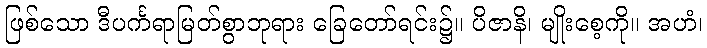
ဖြစ်သော ဒီပင်္ကရာမြတ်စွာဘုရား ခြေတော်ရင်း၌။ ပိဇာနိ၊ မျိုးစေ့ကို။ အဟံ၊